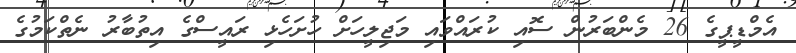
އެމްޑީޕީގެ 26 މެންބަރުން ސޮއި ކުރައްވައި މަޖިލީހަށް ހުށަހެޅި ރައީސްގެ އިތުބާރު ނެތްކަމުގެ